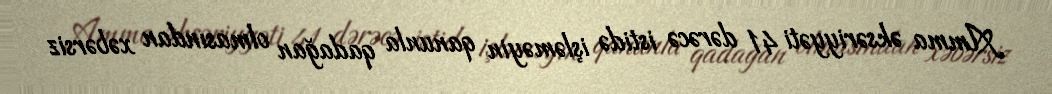
Amma əksəriyyəti 41 dərəcə istidə işləməyin qanunla qadağan olmasından xəbərsiz